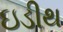
ઇડીથ